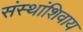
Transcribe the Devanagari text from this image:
संस्थांशिवाय